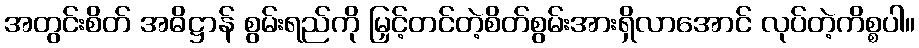
အတွင်းစိတ် အဓိဋ္ဌာန် စွမ်းရည်ကို မြှင့်တင်တဲ့စိတ်စွမ်းအားရှိလာအောင် လုပ်တဲ့ကိစ္စပါ။